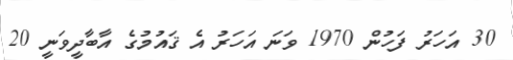
30 އަހަރު ފަހުން 1970 ވަނަ އަހަރު އެ ޤައުމުގެ އާބާދީވަނީ 20